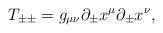
LaTeX: \begin{align*}T_{\pm\pm}=g_{\mu\nu}\partial_\pm x^\mu\partial_\pm x^\nu,\end{align*}